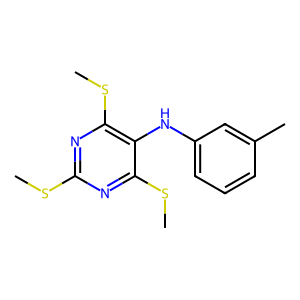
SMILES: CSc1nc(SC)c(Nc2cccc(C)c2)c(SC)n1
Inhibits HIV replication: No